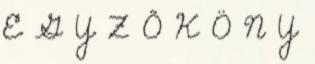
E G Y Z Ő K Ö N Y